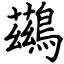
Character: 鷀